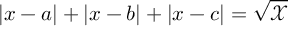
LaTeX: \left| x - a \right| + \left| x - b \right| + \left| x - c \right| = \sqrt { \mathcal { X } }